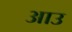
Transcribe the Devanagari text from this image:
आउ